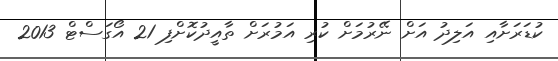
ކުޑަރަށާއި އަލިދު އަށް ނޭރުމަށް ކުރި އަމުރަށް ތާއީދުކޮށްފި 21 އޯގަސްޓް 2013